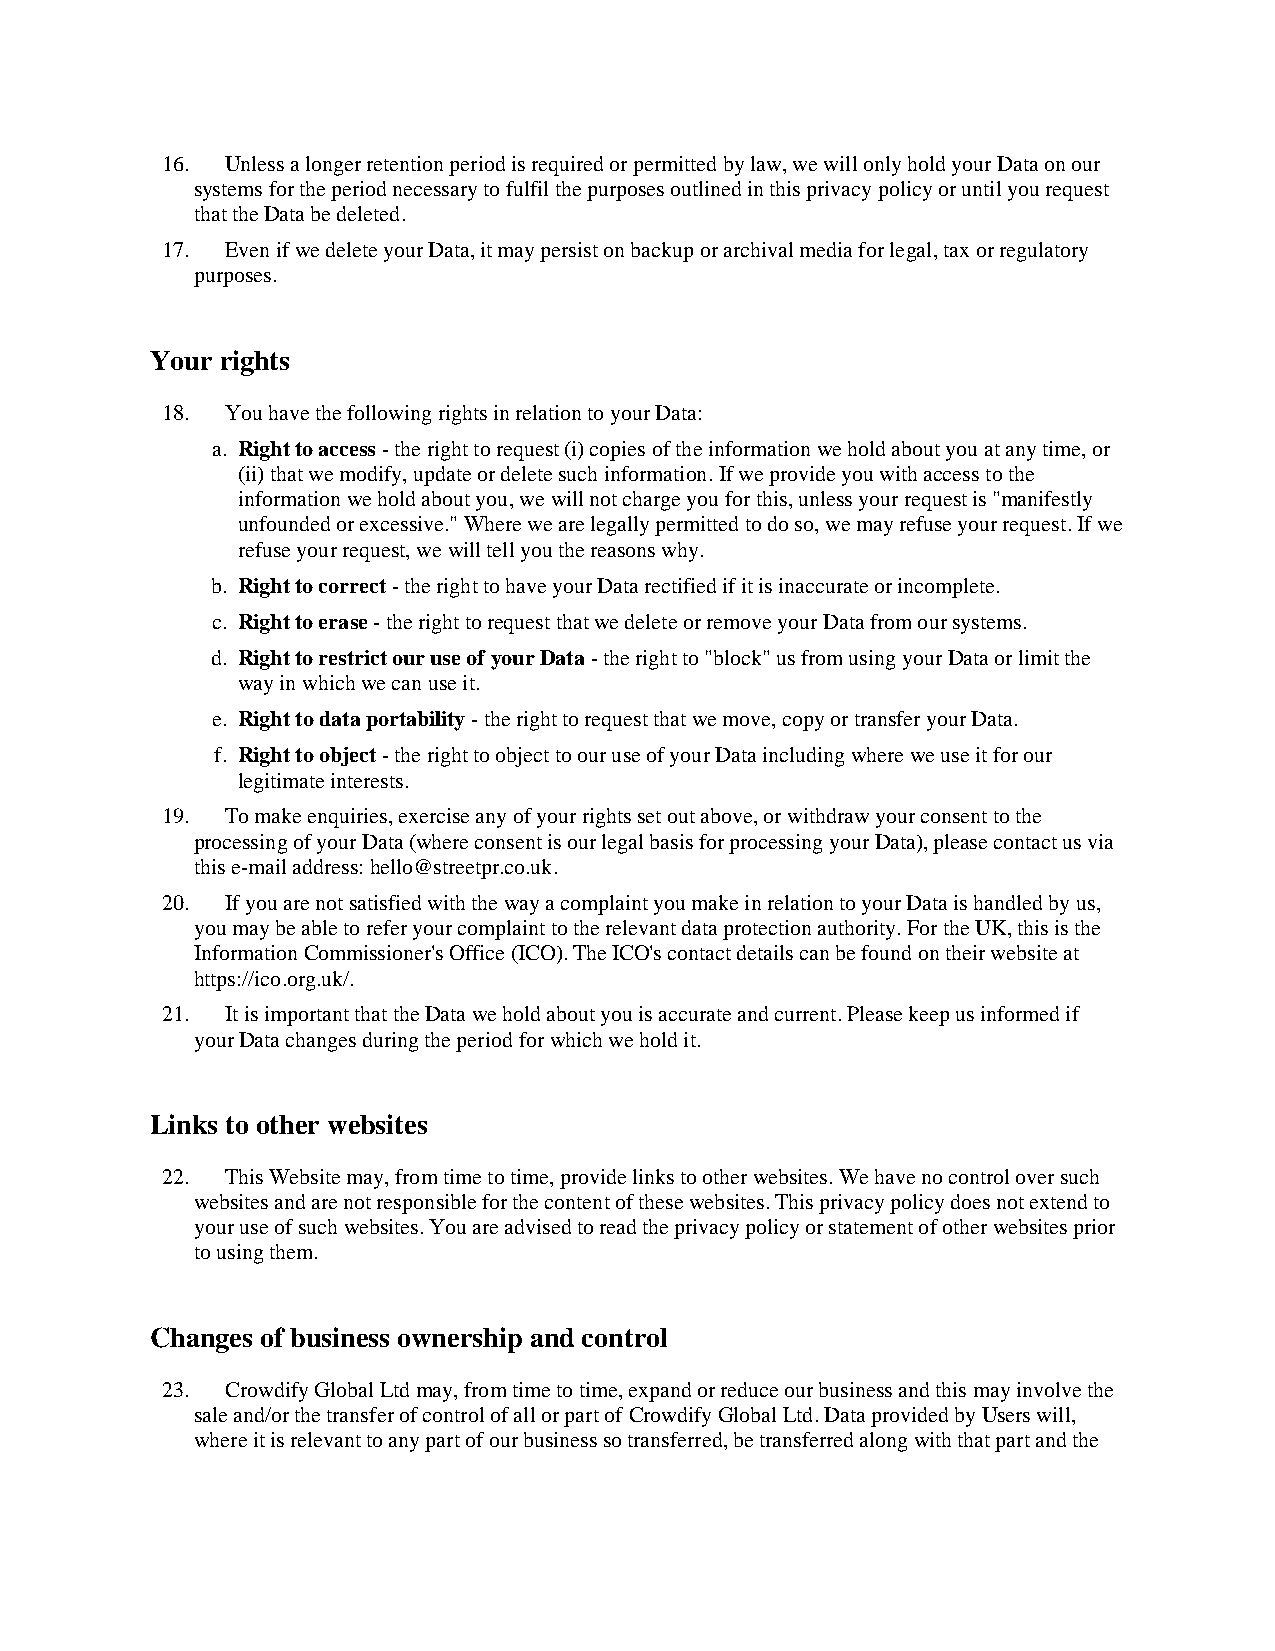
16. Unless a longer retention period is required or permitted by law, we will only hold your Data on our
 systems for the period necessary to fulfil the purposes outlined in this privacy policy or until you request
 that the Data be deleted.
 17. Even if we delete your Data, it may persist on backup or archival media for legal, tax or regulatory
 purposes.
 Your rights
 18. You have the following rights in relation to your Data:
 a. Right to access - the right to request (i) copies of the information we hold about you at any time, or
 (ii) that we modify, update or delete such information. If we provide you with access to the
 information we hold about you, we will not charge you for this, unless your request is "manifestly
 unfounded or excessive." Where we are legally permitted to do so, we may refuse your request. If we
 refuse your request, we will tell you the reasons why.
 b. Right to correct - the right to have your Data rectified if it is inaccurate or incomplete.
 c. Right to erase - the right to request that we delete or remove your Data from our systems.
 d. Right to restrict our use of your Data - the right to "block" us from using your Data or limit the
 way in which we can use it.
 e. Right to data portability - the right to request that we move, copy or transfer your Data.
 f. Right to object - the right to object to our use of your Data including where we use it for our
 legitimate interests.
 19. To make enquiries, exercise any of your rights set out above, or withdraw your consent to the
 processing of your Data (where consent is our legal basis for processing your Data), please contact us via
 this e-mail address: hello@streetpr.co.uk.
 20. If you are not satisfied with the way a complaint you make in relation to your Data is handled by us,
 you may be able to refer your complaint to the relevant data protection authority. For the UK, this is the
 Information Commissioner's Office (ICO). The ICO's contact details can be found on their website at
 https://ico.org.uk/.
 21. It is important that the Data we hold about you is accurate and current. Please keep us informed if
 your Data changes during the period for which we hold it.
 Links to other websites
 22. This Website may, from time to time, provide links to other websites. We have no control over such
 websites and are not responsible for the content of these websites. This privacy policy does not extend to
 your use of such websites. You are advised to read the privacy policy or statement of other websites prior
 to using them.
 Changes of business ownership and control
 23. Crowdify Global Ltd may, from time to time, expand or reduce our business and this may involve the
 sale and/or the transfer of control of all or part of Crowdify Global Ltd. Data provided by Users will,
 where it is relevant to any part of our business so transferred, be transferred along with that part and the